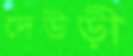
দেউড়ী